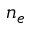
n _ { e }